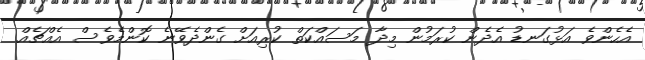
އެހެންވެ އަޅުގަނޑު އެދެން ކުރަމުން މިދާ މަސައްކަތް ކުރިއަށް ގެންދެވޭނެ ކޮންމެވެސް އެއްޗެއް